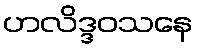
ဟလိဒ္ဒဝသနေ